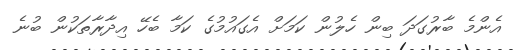
އެންމެ ބާރުގަދަ ބިން ހެލުން ކަމަށް އެގައުމުގެ ކަމާ ބެހޭ އިދާރާތަކުން ބުނެ